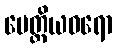
မေတ္တိယဝရော